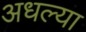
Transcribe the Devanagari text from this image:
अधल्या